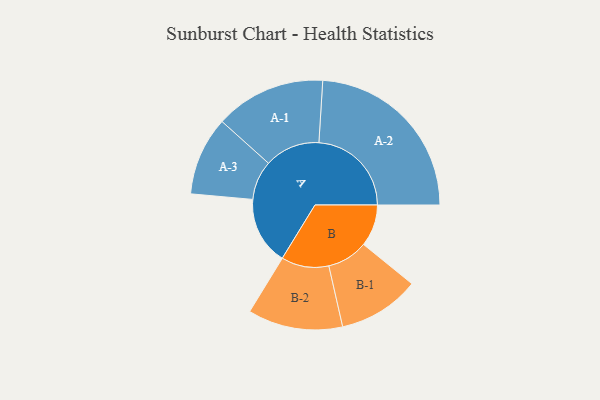
{"axis": {"x": "Segment", "y": "Value"}, "legend": ["", "A", "B"], "data": [{"x": "A", "y": 192, "type": ""}, {"x": "B", "y": 118, "type": ""}, {"x": "A-1", "y": 156, "type": "A"}, {"x": "A-2", "y": 261, "type": "A"}, {"x": "A-3", "y": 111, "type": "A"}, {"x": "B-1", "y": 115, "type": "B"}, {"x": "B-2", "y": 134, "type": "B"}]}